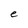
Character: e